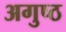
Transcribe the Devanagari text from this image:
अगुष्ठ